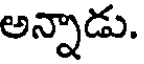
అన్నాడు.